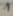
Text: 1